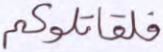
فلقاتلوكم